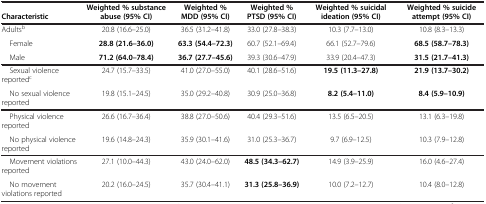
<table><thead><tr><td><b>Characteristic</b></td><td><b>Weighted % substance abuse (95% CI)</b></td><td><b>Weighted % MDD (95% CI)</b></td><td><b>Weighted % PTSD (95% CI)</b></td><td><b>Weighted % suicidal ideation (95% CI)</b></td><td><b>Weighted % suicide attempt (95% CI)</b></td></tr></thead><tbody><tr><td>Adults<sup>b</sup></td><td>20.8 (16.6–25.0)</td><td>36.5 (31.2–41.8)</td><td>33.0 (27.8–38.3)</td><td>10.3 (7.7–13.0)</td><td>10.8 (8.3–13.3)</td></tr><tr><td> Female</td><td><b>28.8 (21.6–36.0)</b></td><td><b>63.3 (54.4–72.3)</b></td><td>60.7 (52.1–69.4)</td><td>66.1 (52.7–79.6)</td><td><b>68.5 (58.7–78.3)</b></td></tr><tr><td> Male</td><td><b>71.2 (64.0–78.4)</b></td><td><b>36.7 (27.7–45.6)</b></td><td>39.3 (30.6–47.9)</td><td>33.9 (20.4–47.3)</td><td><b>31.5 (21.7–41.3)</b></td></tr><tr><td> Sexual violence reported<sup>c</sup></td><td>24.7 (15.7–33.5)</td><td>41.0 (27.0–55.0)</td><td>40.1 (28.6–51.6)</td><td><b>19.5 (11.3–27.8)</b></td><td><b>21.9 (13.7–30.2)</b></td></tr><tr><td> No sexual violence reported</td><td>19.8 (15.1–24.5)</td><td>35.0 (29.2–40.8)</td><td>30.9 (25.0–36.8)</td><td><b>8.2 (5.4–11.0)</b></td><td><b>8.4 (5.9–10.9)</b></td></tr><tr><td> Physical violence reported</td><td>26.6 (16.7–36.4)</td><td>38.8 (27.0–50.6)</td><td>40.4 (29.3–51.6)</td><td>13.5 (6.5–20.5)</td><td>13.1 (6.3–19.8)</td></tr><tr><td> No physical violence reported</td><td>19.6 (14.8–24.3)</td><td>35.9 (30.1–41.6)</td><td>31.0 (25.3–36.7)</td><td>9.7 (6.9–12.5)</td><td>10.3 (7.9–12.8)</td></tr><tr><td> Movement violations reported</td><td>27.1 (10.0–44.3)</td><td>43.0 (24.0–62.0)</td><td><b>48.5 (34.3–62.7)</b></td><td>14.9 (3.9–25.9)</td><td>16.0 (4.6–27.4)</td></tr><tr><td> No movement violations reported</td><td>20.2 (16.0–24.5)</td><td>35.7 (30.4–41.1)</td><td><b>31.3 (25.8–36.9)</b></td><td>10.0 (7.2–12.7)</td><td>10.4 (8.0–12.8)</td></tr></tbody></table>